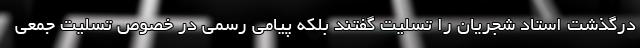
درگذشت استاد شجریان را تسلیت گفتند بلکه پیامی رسمی در خصوص تسلیت جمعی